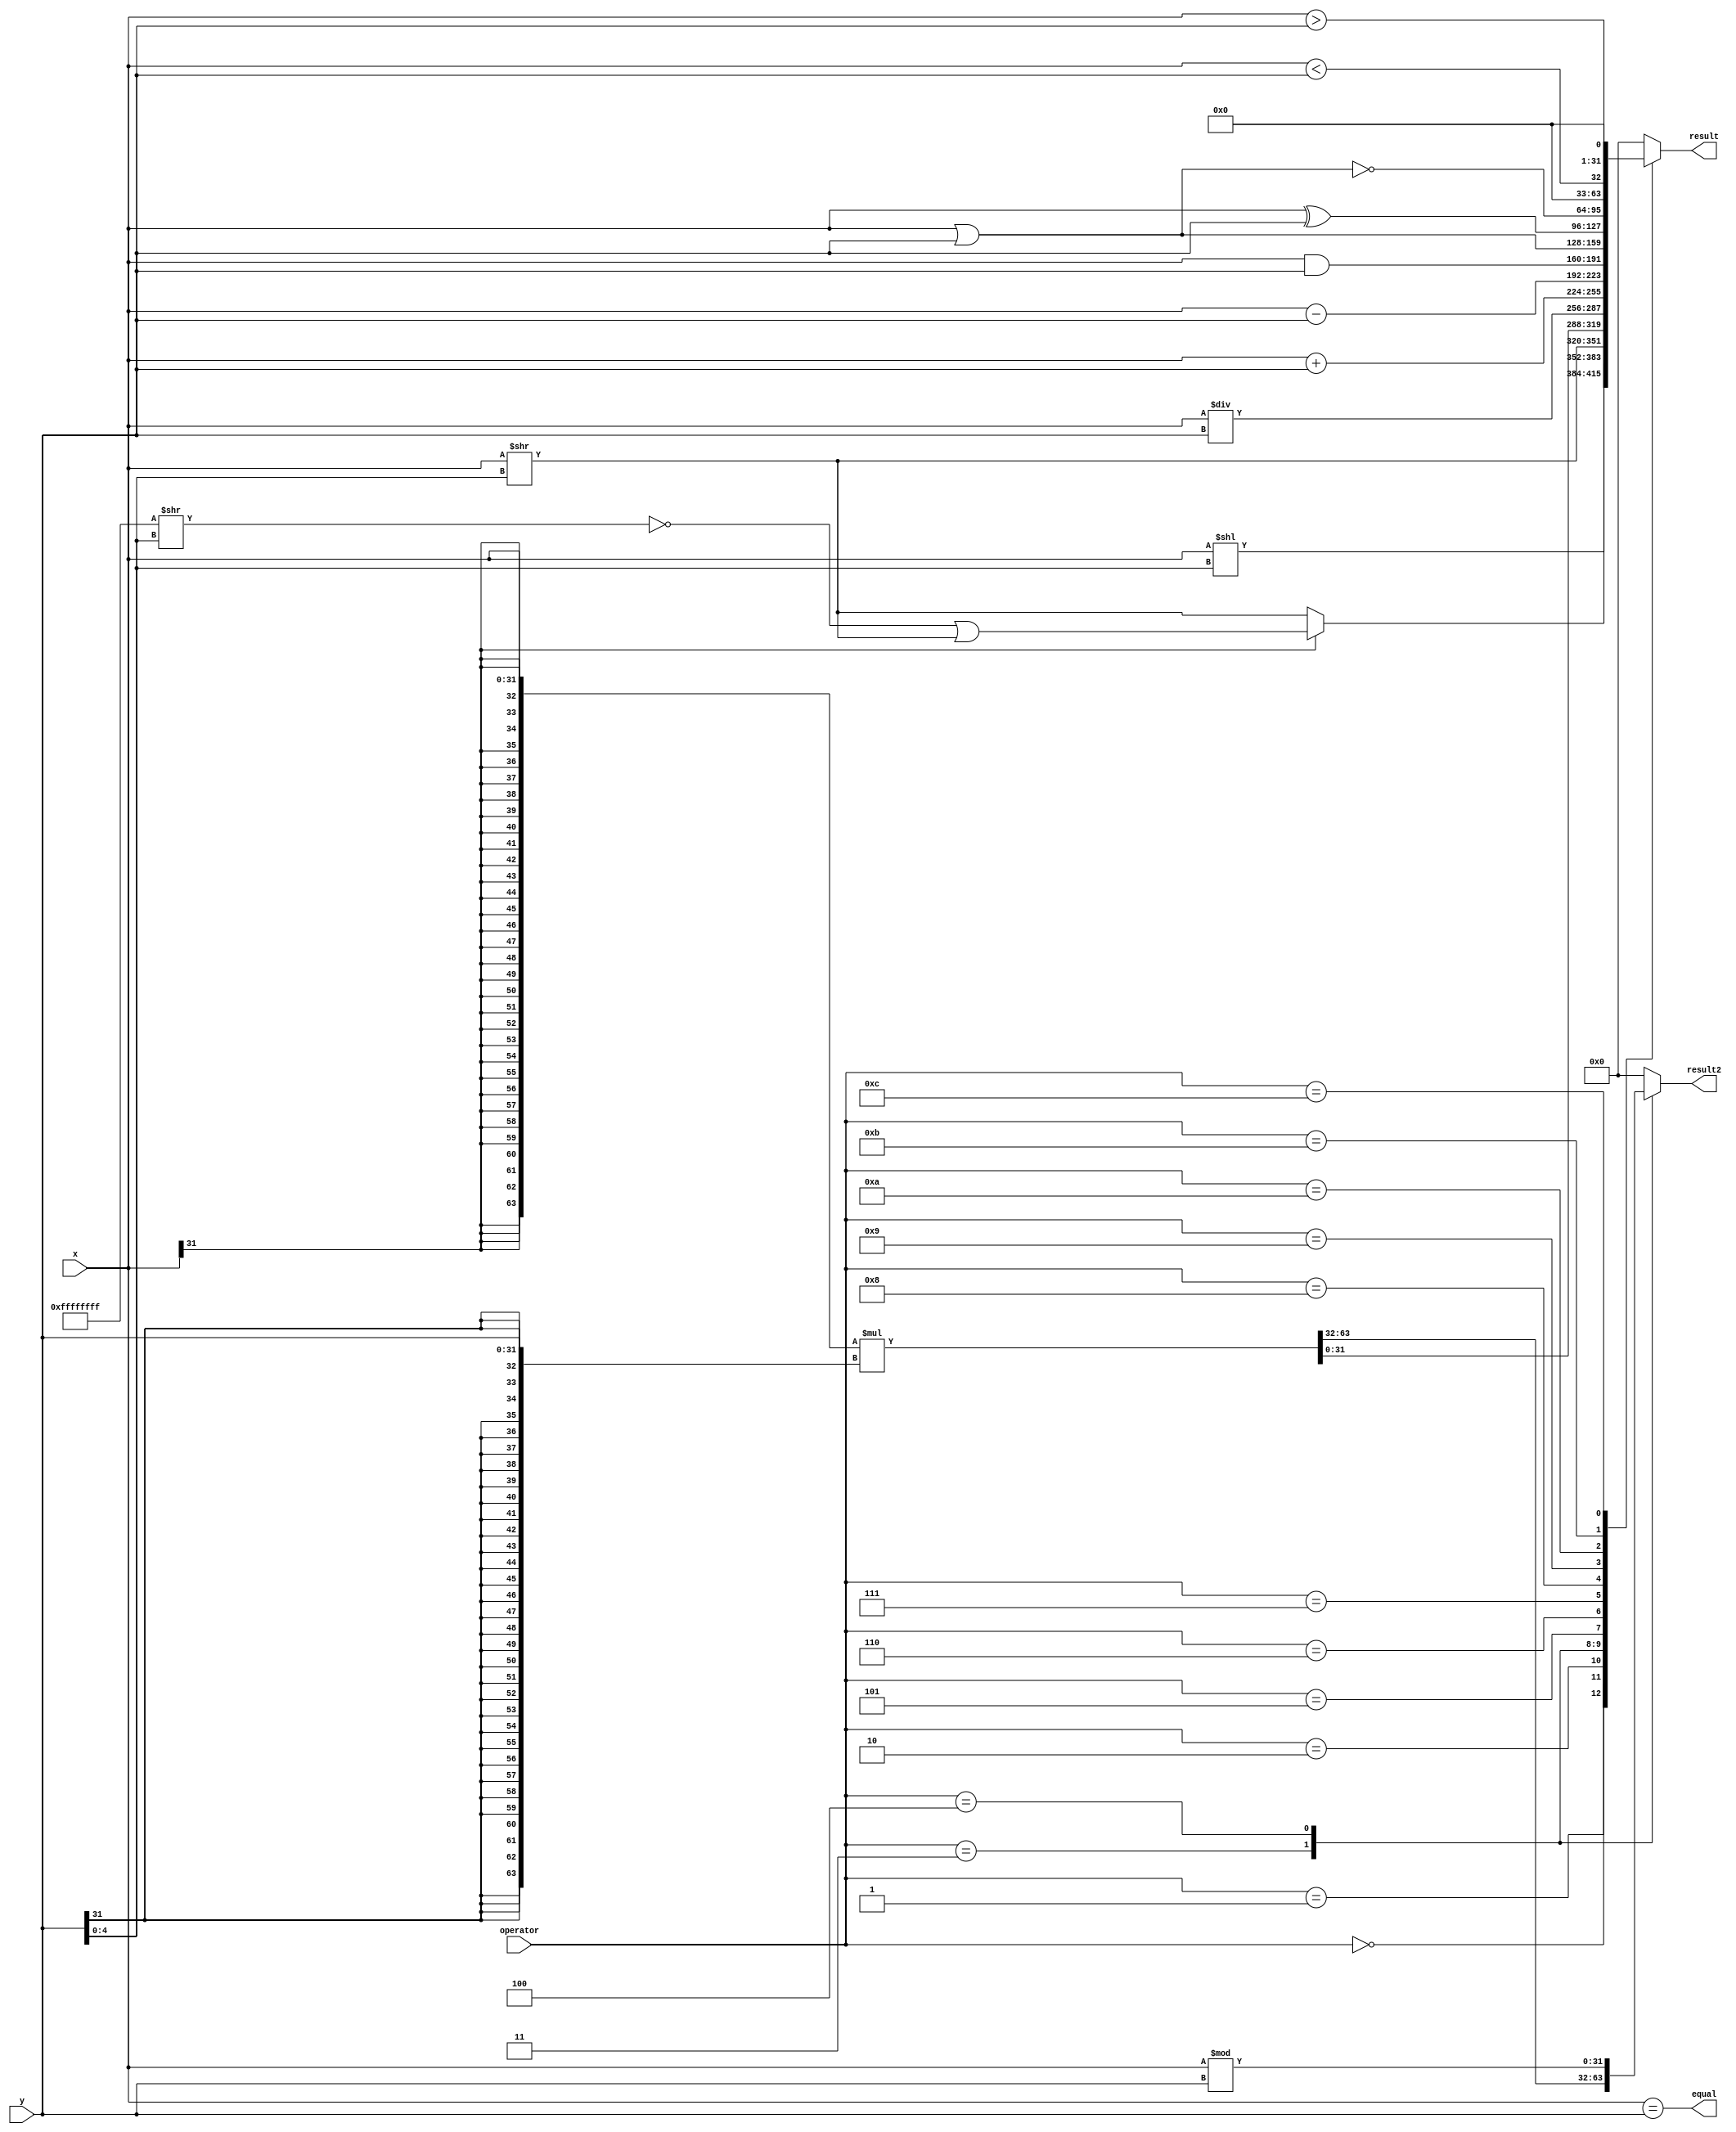
`timescale 10ns / 1ns
//////////////////////////////////////////////////////////////////////////////////
// Company: HUST
//
// Design Name:
// Module Name: alu
// Project Name:
// Target Devices:
// Tool Versions:
// Description:
//
// Dependencies:
//
// Revision:
// Revision 0.01 - File Created
// Additional Comments:
//
//////////////////////////////////////////////////////////////////////////////////


/// @brief the arithmetic logic unit
module Alu(
        input wire[31: 0] x,
        input wire[31: 0] y,
        input wire[3: 0] operator,
        output reg[31: 0] result = 0,
        output reg[31: 0] result2 = 0,
//        output reg signedOverflow,
//        output reg unsignedOverflow,
        output wire equal
    );

    assign equal = (x == y);

    wire[63: 0] wideResult;
    assign wideResult = {{32{x[31]}}, x} * {{32{y[31]}}, y};

    always @(x, y, operator, wideResult) begin
        case (operator)
            4'd0: result = x << y[4: 0];
            4'd1: result = x[31] ? ((~(32'hffff_ffff >> y[4: 0])) | (x >> y[4: 0])) : (x >> y[4:0]);
            4'd2: result = x >> y[4: 0];
            4'd3: result = wideResult[31: 0];
            4'd4: result = x / y;
            4'd5: result = x + y;
            4'd6: result = x - y;
            4'd7: result = x & y;
            4'd8: result = x | y;
            4'd9: result = x ^ y;
            4'd10: result = ~(x | y);
            4'd11: result = {31'd0, ($signed(x) < $signed(y))};
            4'd12: result = {31'd0, ($signed(x) > $signed(y))};
            default: result = 0;
        endcase

        // set result2
        case (operator)
            4'd3: result2 = wideResult[63: 32];
            4'd4: result2 = x % y;
            default: result2 = 0;
        endcase
    end
endmodule